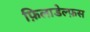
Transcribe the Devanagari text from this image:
फ़िलाडेल्फ़स